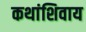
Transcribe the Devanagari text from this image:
कथांशिवाय